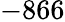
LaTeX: -866